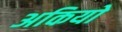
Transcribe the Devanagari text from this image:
अकियो